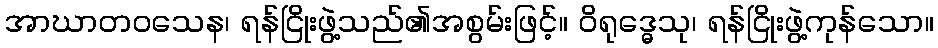
အာဃာတဝသေန၊ ရန်ငြိုးဖွဲ့သည်၏အစွမ်းဖြင့်။ ဝိရုဒ္ဓေသု၊ ရန်ငြိုးဖွဲ့ကုန်သော။